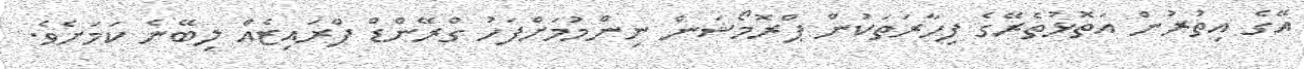
އޭގެ އިތުރުން އަތޮޅުތެރޭގެ ފިހާރަތަކުން ޕްރޮމޯޝަން ނިންމުމަށްފަހު ގްރޭންޑް ޕްރައިޒެއް ލިބޭނެ ކަމަށެވެ.